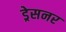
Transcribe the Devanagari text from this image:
ड्रेसनर